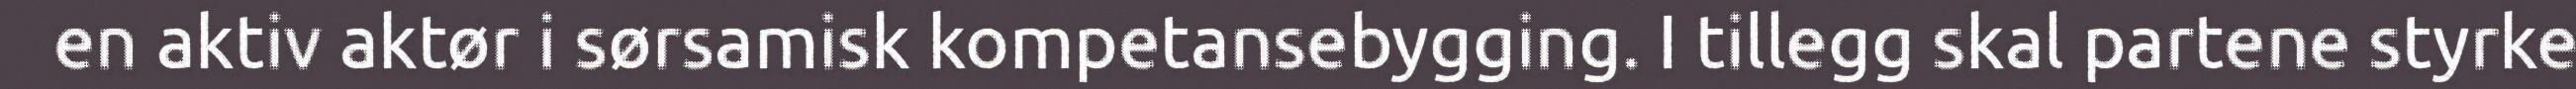
en aktiv aktør i sørsamisk kompetansebygging. I tillegg skal partene styrke